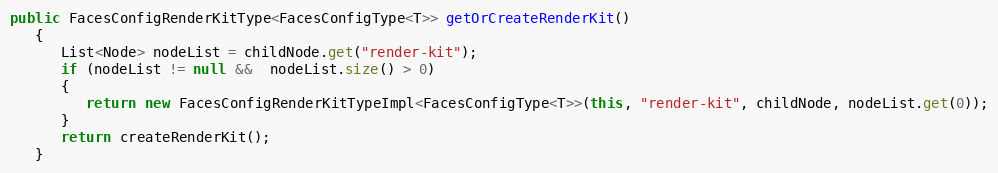
Language: Java
public FacesConfigRenderKitType<FacesConfigType<T>> getOrCreateRenderKit()
   {
      List<Node> nodeList = childNode.get("render-kit");
      if (nodeList != null &&  nodeList.size() > 0)
      {
         return new FacesConfigRenderKitTypeImpl<FacesConfigType<T>>(this, "render-kit", childNode, nodeList.get(0));
      }
      return createRenderKit();
   }